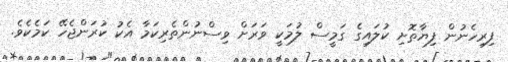
ފިރިހެނުން ފިޔާތޮށި ކުލައިގެ ގަމީސް ލުމަކީ ވަރަށް ވިސްނުންތެރިކަމާ އެކު ކުރަންޖެހޭ ކަމެކެވެ.